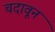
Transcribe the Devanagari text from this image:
चदावून